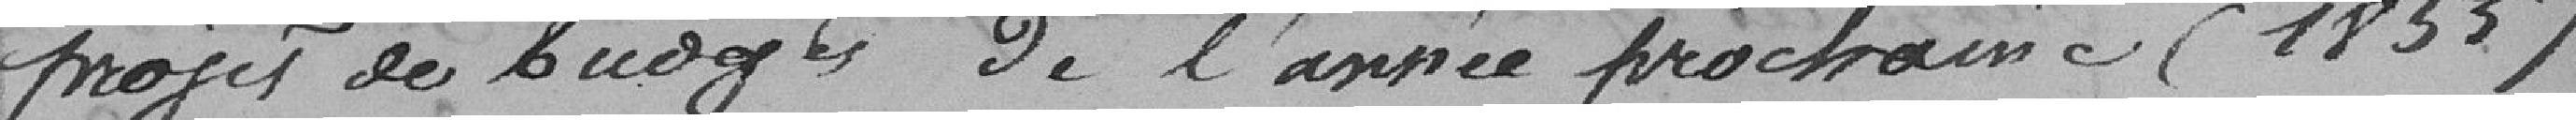
projet de budget de l'année prochaine (1855)